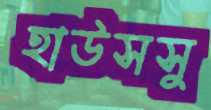
হাউসসু